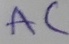
Text: AC